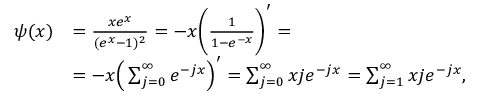
\begin{array} { r l } { \psi ( x ) } & { = \frac { x e ^ { x } } { ( e ^ { x } - 1 ) ^ { 2 } } = - x \bigg ( \frac { 1 } { 1 - e ^ { - x } } \bigg ) ^ { \prime } = } \\ & { = - x \Big ( \sum _ { j = 0 } ^ { \infty } e ^ { - j x } \Big ) ^ { \prime } = \sum _ { j = 0 } ^ { \infty } x j e ^ { - j x } = \sum _ { j = 1 } ^ { \infty } x j e ^ { - j x } , } \end{array}